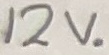
Text: 12V